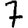
Digit: 7